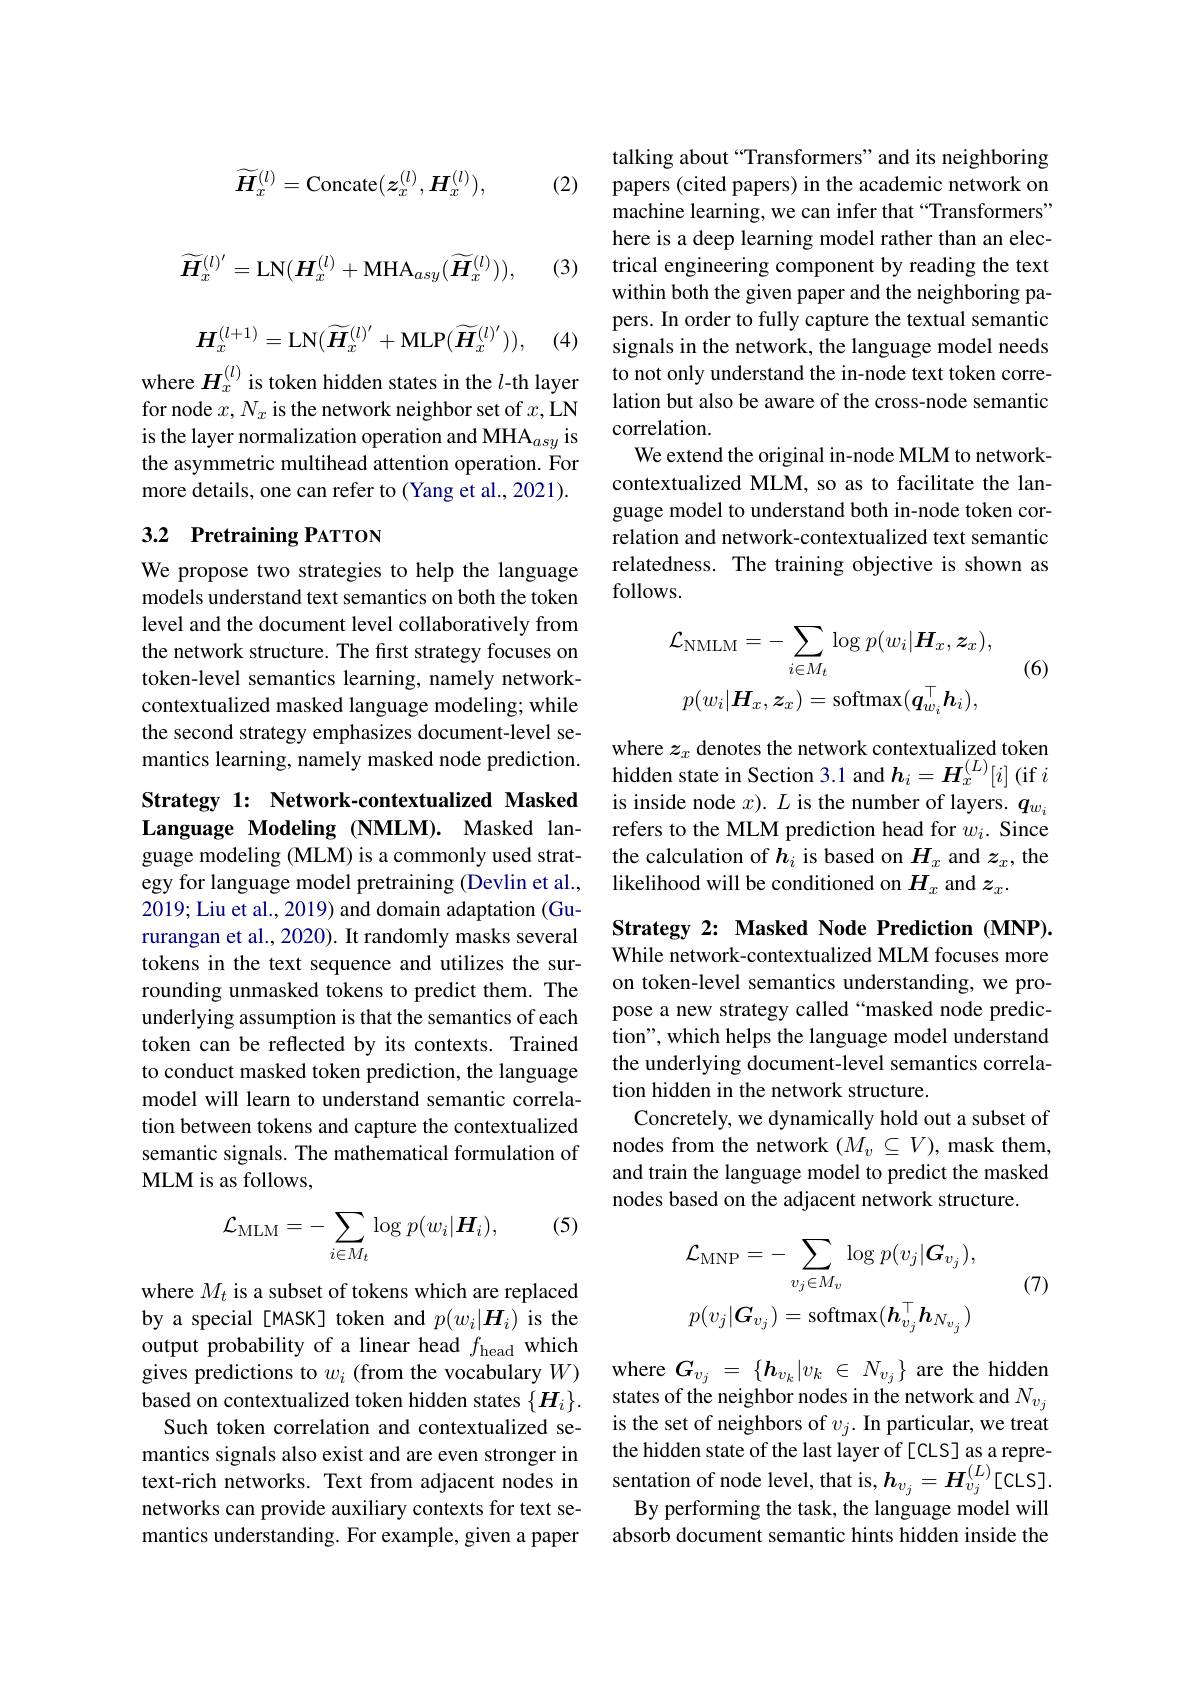
$$\widetilde{\boldsymbol{H}}_x^{(l)}=\mathrm{Concate}(\boldsymbol{z}_x^{(l)},\boldsymbol{H}_x^{(l)}),$$
(2)
$$\widetilde{\boldsymbol{H}}_{x}^{(l)^{\prime}}=\mathrm{LN}(\boldsymbol{H}_{x}^{(l)}+\mathrm{MHA}_{asy}(\widetilde{\boldsymbol{H}}_{x}^{(l)})),$$
(3)
$$\boldsymbol{H}_x^{(l+1)}=\mathrm{LN}(\widetilde{\boldsymbol{H}}_x^{(l)^{\prime}}+\mathrm{MLP}(\widetilde{\boldsymbol{H}}_x^{(l)^{\prime}})),$$
(4)

where $H_x^{(l)}$ is token hidden states in the $l$-th layer for node $x,N_x$ is the network neighbor set of $x$,LN is the layer normalization operation and MHA$_{asy}$ is the asymmetric multihead attention operation. For more details, one can refer to (Yang et al., 2021).

## 3.2 Pretraining PATTON

We propose two strategies to help the language models understand text semantics on both the token level and the document level collaboratively from the network structure. The first strategy focuses on token-level semantics learning, namely networkcontextualized masked language modeling; while the second strategy emphasizes document-level semantics learning, namely masked node prediction. $\begin{array} { c c } & \mathrm{where~}z_x\text{ denotes the network contextualized token}\\ & \text{hidden state in Section 3. 1 and }h_i= H_x^{( L) }[ i] \text{( if }i\end{array}$

Strategy 1: Network-contextualized Masked Language Modeling (NMLM). Masked lan-

guage modeling (MLM) is a commonly used strategy for language model pretraining (Devlin et al., 2019; Liu et al., 2019) and domain adaptation (Gururangan et al., 2020). It randomly masks several tokens in the text sequence and utilizes the surrounding unmasked tokens to predict them. The underlying assumption is that the semantics of each token can be reflected by its contexts. Trained to conduct masked token prediction, the language model will learn to understand semantic correlation between tokens and capture the contextualized semantic signals. The mathematical formulation of MLM is as follows,

(5)
$$\mathcal{L}_{\mathrm{MLM}}=-\sum_{i\in M_{t}}\log p(w_{i}|\boldsymbol{H}_{i}),$$
where $M_t$ is a subset of tokens which are replaced by a special [MASK] token and $p(w_i|\boldsymbol{H}_i)$ is the output probability of a linear head $f_\mathrm{head}$ which gives predictions to $w_i$ (from the vocabulary $W)$ based on contextualized token hidden states $\{\boldsymbol H_i\}.$
Such token correlation and contextualized semantics signals also exist and are even stronger in text-rich networks. Text from adjacent nodes in sentation of node level, that is, $\boldsymbol{h}_{v_j}=\boldsymbol{H}_{v_j}^{(L)}$[CLS].
networks can provide auxiliary contexts for text semantics understanding. For example, given a paper

talking about “Transformers”and its neighboring papers (cited papers) in the academic network on machine learning, we can infer that “Transformers” here is a deep learning model rather than an electrical engineering component by reading the text within both the given paper and the neighboring papers. In order to fully capture the textual semantic signals in the network, the language model needs to not only understand the in-node text token correlation but also be aware of the cross-node semantic correlation.
We extend the original in-node MLM to networkcontextualized MLM, so as to facilitate the language model to understand both in-node token correlation and network-contextualized text semantic relatedness. The training objective is shown as follows.
$$\mathcal{L}_{\mathrm{NMLM}}=-\sum_{i\in M_{t}}\log p(w_{i}|\boldsymbol{H}_{x},\boldsymbol{z}_{x}),\\p(w_{i}|\boldsymbol{H}_{x},\boldsymbol{z}_{x})=\mathrm{softmax}(\boldsymbol{q}_{w_{i}}^{\top}\boldsymbol{h}_{i}),$$
(6)

is inside node $x).L$ is the number of layers. $q_{w_i}$ refers to the MLM prediction head for $w_i.$ Since the calculation of $h_i$ is based on $H_x$ and $z_x$,the likelihood will be conditioned on $H_x$ and $z_x.$

Strategy 2: Masked Node Prediction (MNP). While network-contextualized MLM focuses more on token-level semantics understanding, we propose a new strategy called “masked node prediction", which helps the language model understand the underlying document-level semantics correlation hidden in the network structure.
Concretely, we dynamically hold out a subset of nodes from the network $(M_v\subseteq V)$, mask them, and train the language model to predict the masked nodes based on the adjacent network structure.
$$\mathcal{L}_{\mathrm{MNP}}=-\sum_{v_{j}\in M_{v}}\log p(v_{j}|\boldsymbol{G}_{v_{j}}),\\p(v_{j}|\boldsymbol{G}_{v_{j}})=\mathrm{softmax}(\boldsymbol{h}_{v_{j}}^{\top}\boldsymbol{h}_{N_{v_{j}}})$$
(7)

where $G_{v_{j}}$ = $\{ \boldsymbol{h}_{v_{k}}| v_{k}$ $\in$ $N_{v_{j}}\}$ are the hidden states of the neighbor nodes in the network and $N_v_j$ is the set of neighbors of $v_j.$ In particular, we treat the hidden state of the last layer of [CLS] as a repre-
By performing the task, the language model will absorb document semantic hints hidden inside the